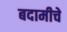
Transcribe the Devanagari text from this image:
बदामीचे